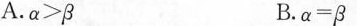
A.$$\alpha＞β $$ B.$$\alpha＝β$$